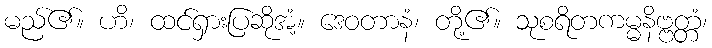
မည်၏။ ဟိ၊ ထင်ရှားပြဆိုအံ့။ ဒေဝတာနံ၊ တို့၏။ သုစရိတကမ္မနိဗ္ဗတ္တံ၊